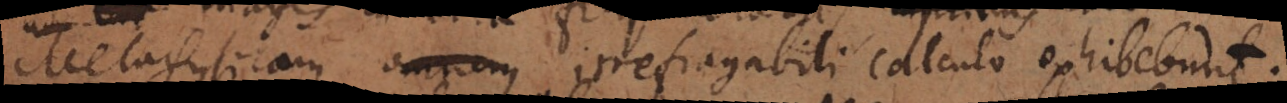
Metaphysicam omnem irrefragabili calculo exhibebunt